Vaccination in the Punjab 1919-1929 - 1919-1929
Year: 1919
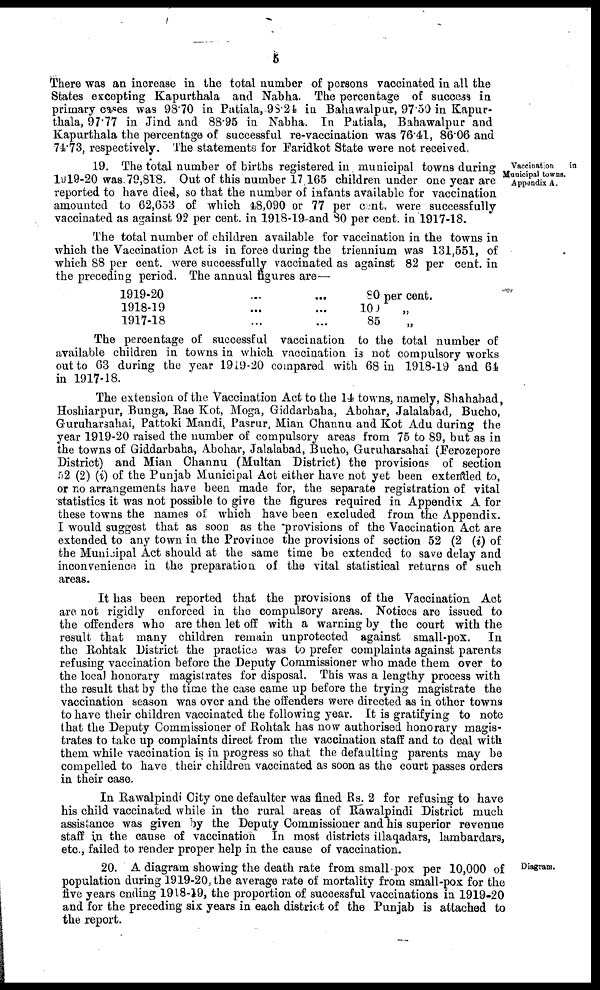
5
There was an increase in the total number of persons vaccinated in all the
States excepting Kapurthala and Nabha. The percentage of success in
primary cases was 98.70 in Patiala, 98.24 in Bahawalpur, 97.50 in Kapur-
thala, 97.77 in Jind and 88.95 in Nabha. In Patiala, Bahawalpur and
Kapurthala the percentage of successful re-vaccination was 76.41, 86.06 and
74.73, respectively. The statements for Faridkot State were not received.
Vaccination
in
Municipal towns.
Appendix A.
19. The total number of births registered in municipal towns during
1919-20 was 79,818. Out of this number 17 165 children under one year are
reported to have died, so that the number of infants available for vaccination
amounted to 62,653 of which 48,090 or 77 per cent. were successfully
vaccinated as against 92 per cent. in 1918-19-and 80 per cent. in 1917-18.
The total number of children available for vaccination in the towns in
which the Vaccination Act is in force during the triennium was 131,551, of
which 88 per cent. were successfully vaccinated as against 82 per cent. in
the preceding period. The annual figures are—
1919-20
1918-19
1917-18
...
...
...
...
...
...
80 per cent.
100
„
85 „
The percentage of successful vaccination to the total number of
available children in towns in which vaccination is not compulsory works
out to 63 during the year 1919-20 compared with 68 in 1918-19 and 64
in 1917-18.
The extension of the Vaccination Act to the 14 towns, namely, Shahabad,
Hoshiarpur, Bunga, Rae Kot, Moga, Giddarbaha, Abohar, Jalalabad, Bucho,
Guruharsahai, Pattoki Mandi, Pasrur Mian Channu and Kot Adu during the
year 1919-20 raised the number of compulsory areas from 75 to 89, but as in
the towns of Giddarbaha, Abohar, Jalalabad, Bucho, Guruharsahai (Ferozepore
District) and Mian Channu (Multan District) the provisions of section
52 (2) (i) of the Punjab Municipal Act either have not yet been extended to,
or no arrangements have been made for, the separate registration of vital
statistics it was not possible to give the figures required in Appendix A for
these towns the names of which have been excluded from the Appendix.
I would suggest that as soon as the provisions of the Vaccination Act are
extended to any town in the Province the provisions of section 52 (2 (i) of
the Municipal Act should at the same time be extended to save delay and
inconvenience in the preparation of the vital statistical returns of such
areas.
It has been reported that the provisions of the Vaccination Act
are not rigidly enforced in the compulsory areas. Notices are issued to
the offenders who are then let off with a warning by the court with the
result that many children remain unprotected against small-pox.
In
the Rohtak District the practice was to prefer complaints against parents
refusing vaccination before the Deputy Commissioner who made them over to
the local honorary magistrates for disposal. This was a lengthy process with
the result that by the time the case came up before the trying magistrate the
vaccination season was over and the offenders were directed as in other towns
to have their children vaccinated the following year. It is gratifying to note
that the Deputy Commissioner of Rohtak has now authorised honorary magis-
trates to take up complaints direct from the vaccination staff and to deal with
them while vaccination is in progress so that the defaulting parents may be
compelled to have their children vaccinated as soon as the court passes orders
in their case.
In Rawalpindi City one defaulter was fined Rs. 2 for refusing to have
his child vaccinated while in the rural areas of Rawalpindi District much
assistance was given by the Deputy Commissioner and his superior revenue
staff in the cause of vaccination In most districts illaqadars, lambardars,
etc., failed to render proper help in the cause of vaccination.
Diagram.
20. A diagram showing the death rate from small pox per 10,000 of
population during 1919-20, the average rate of mortality from small-pox for the
five years ending 1918-19, the proportion of successful vaccinations in 1919-20
and for the preceding six years in each district of the Punjab is attached to
the report.